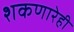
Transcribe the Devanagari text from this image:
शकणारेही